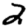
Digit: 2